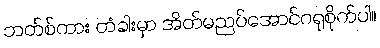
ဘတ်စ်ကား တံခါးမှာ အိတ်မညပ်အောင်ဂရုစိုက်ပါ။